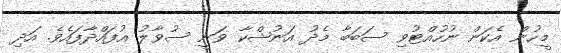
މީހުން އެކަން ނުހުއްޓުވި ސަބަބާ މެދު އަނުޝްކާ ވަނީ ސުވާލު އުފައްދާފައެވެ. އަދި